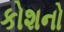
કોશનો